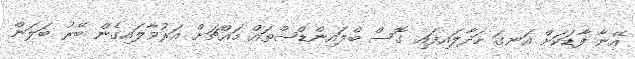
އޭނާ ފާޑަކަށް އަނގަ ހަދާލައިފައި ގޮސް ބްލައިންޑްސްތައް މައްޗަށް އަރުވާލައިގެން ބޭރު ބަލަން